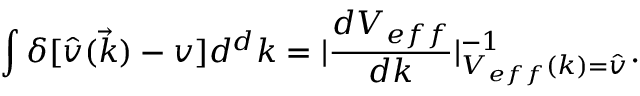
\int \delta [ \hat { v } ( \vec { k } ) - v ] d ^ { d } k = | \frac { d V _ { e f f } } { d k } | _ { V _ { e f f } ( k ) = \hat { v } } ^ { - 1 } .